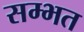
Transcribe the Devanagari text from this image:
सम्भत